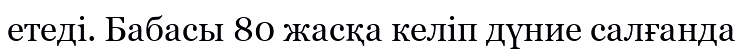
етеді. Бабасы 80 жасқа келіп дүние салғанда